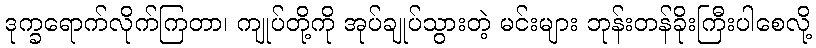
ဒုက္ခရောက်လိုက်ကြတာ၊ ကျုပ်တို့ကို အုပ်ချုပ်သွားတဲ့ မင်းများ ဘုန်းတန်ခိုးကြီးပါစေလို့